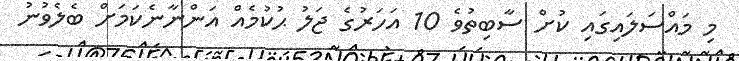
މި މައްސަލައިގައި ކުށް ސާބިތުވެ 10 އަހަރުގެ ޖަލު ޙުކުމެއް އަންނާނެކަމަށް ބެލެވުނު